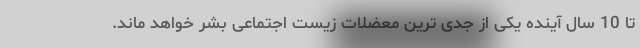
تا 10 سال آینده یکی از جدی ترین معضلات زیست اجتماعی بشر خواهد ماند.